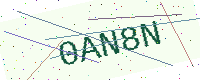
Text: 0AN8N